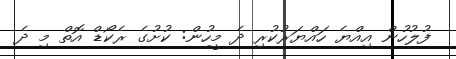
ފުލުހުން އިއްޔެ ހައްޔަރުކުރި ދެ މީހުން: ކުށުގެ ރެކޯޑް އޮތް މި ދެ